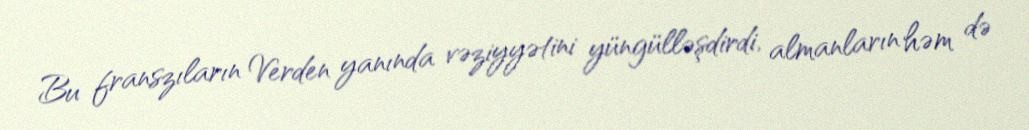
Bu franszıların Verden yanında vəziyyətini yüngülləşdirdi, almanların həm də